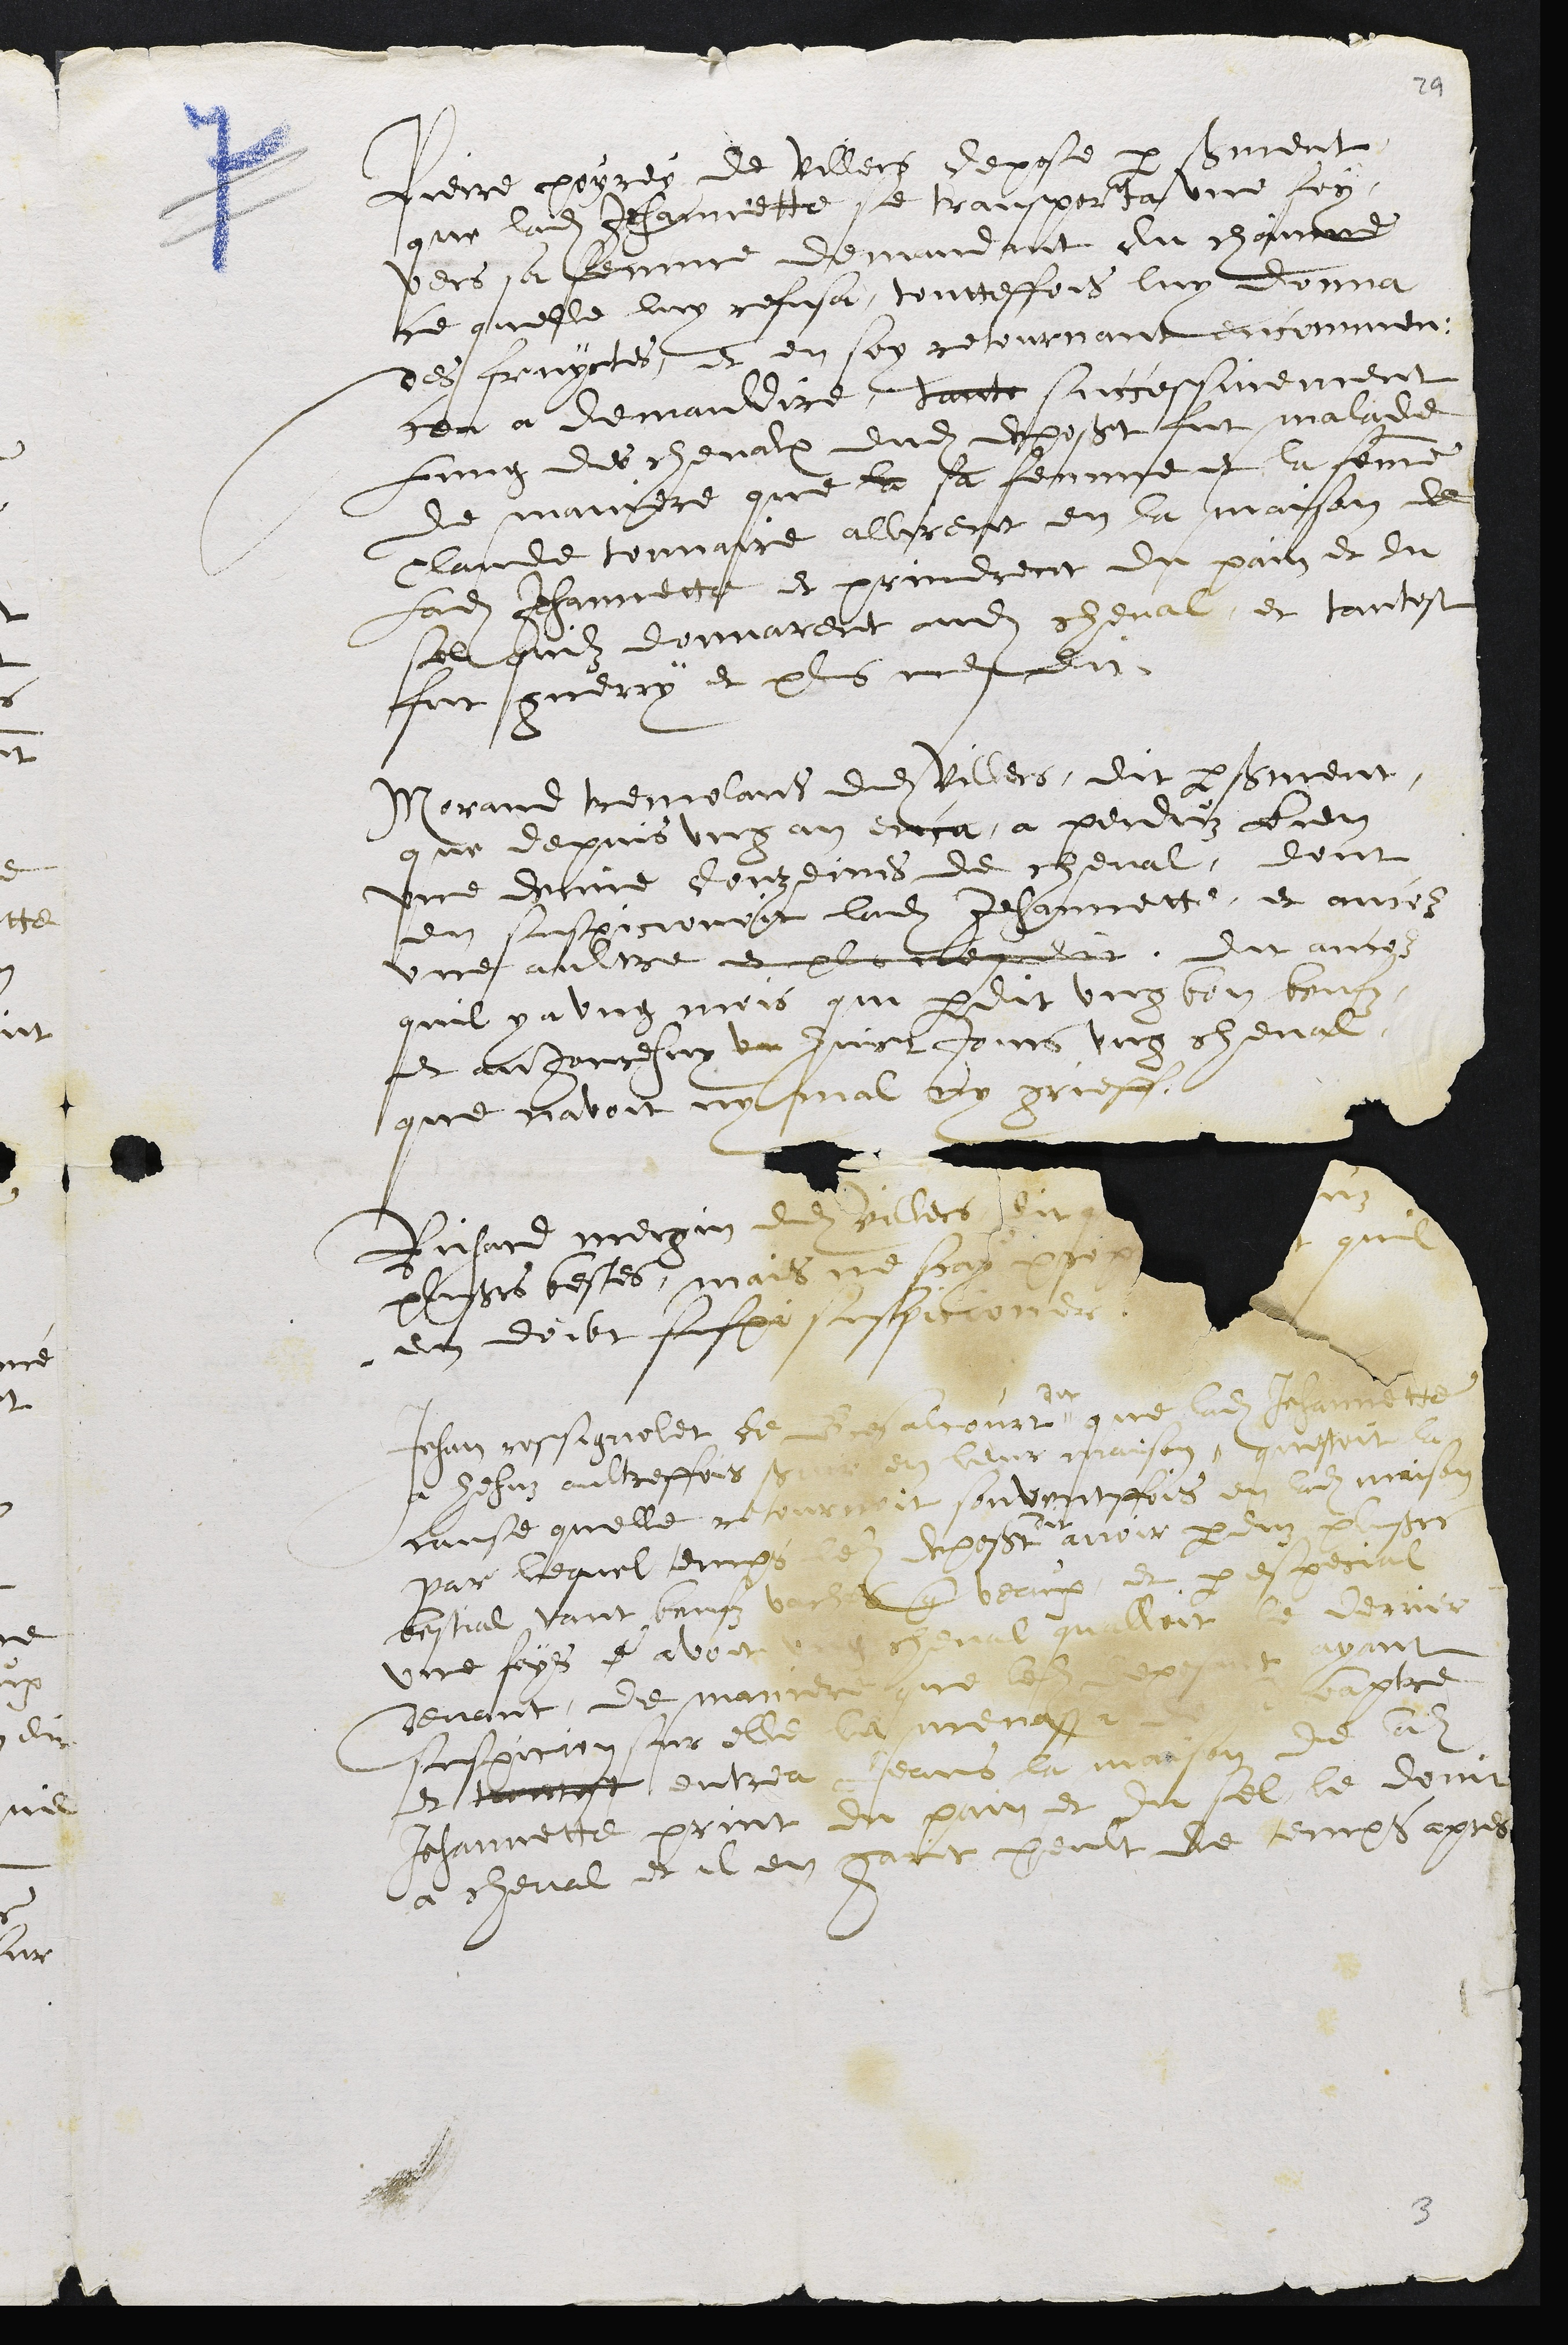
Pnerre payres de Veillect depose par seument
que ladite Jehanette e tramporta une lon,
vers sa femme demandant du chamd
ce quelle luy refusa, toutteffois luy donna
des fruyctes, et en son retouryant encommeu.
cer a demandire, sante surcessiement
Lung des chevalx dudit dposst fut malade
de manere que la sa femme et la femme
lande touare allirent en la maison de
ladite Jehannette et prindrent du paiz et du
sel qulz donnarent audit cheval, et tantest
fut guerry et plus men dit
Morand emolan dudit Villers, dit perbnent,
que depuis ung an decca à perdiz lien
une dune Jouzeines de cheval, dont
di sspiconot ladite Jehannette, et auz
une auitre et plr remit, Dit anco
quil y a ung mois qui perdit ung bon bouf
Et au jorrehsuy un huict purs ung cheval,
que navoit un mal ny griessi
Jnsard mergan des piless soueson
alases testes, mails ne sort aon pon qit
en doibt fuspa snfffit onart
17
que les jometr
J ychas audbtihfes q en ait pason, E asseeeeant
canse quelle ne sourtoit su vietfois du le maison
fit
avoir paerduz peu fu
Bestuel Fai be chey et par coeval
une fops e avoitupule saloit a dernis
henant, de maner nue calrn, et ayant
suspition nr elle la menaya cptre
et tronnot entrer seans e marron de ladit
Jehannette print du pain et su sel le domt
a cheval et il en jatit poult de temps apres